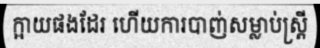
ក្អាយផងដែរ ហើយការបាញ់សម្លាប់ស្ត្រី